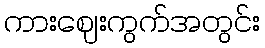
ကားဈေးကွက်အတွင်း